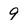
Character: 9